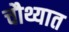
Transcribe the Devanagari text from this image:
चौथ्यात